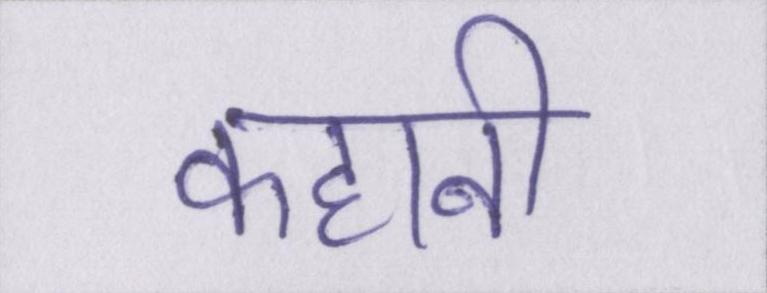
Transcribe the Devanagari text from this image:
कहानी